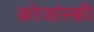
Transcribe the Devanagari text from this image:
कोजांस्की